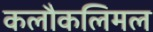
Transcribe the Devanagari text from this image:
कलौकलिमल